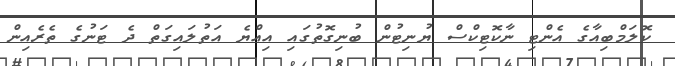
ކޮލަމްބިއާގެ އެންޓި ނާކޮޓިކްސް ޔުނިޓުން ބުނިގޮތުގައި އިއްޔެ އަތުލައިގަތް ދެ ޓަނުގެ ތެރެއިން